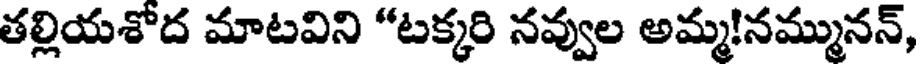
తల్లియశోద మాటవిని "టక్కరి నవ్వుల అమ్మ!నమ్మునన్,